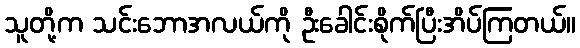
သူတို့က သင်းဘောအလယ်ကို ဦးခေါင်းစိုက်ပြီးအိပ်ကြတယ်။